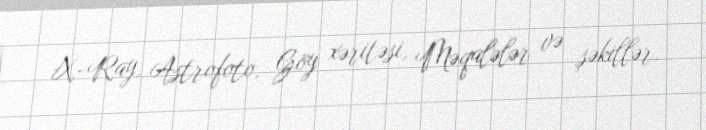
X-Ray, Astrofoto, Göy xəritəsi, Məqalələr və şəkillər.